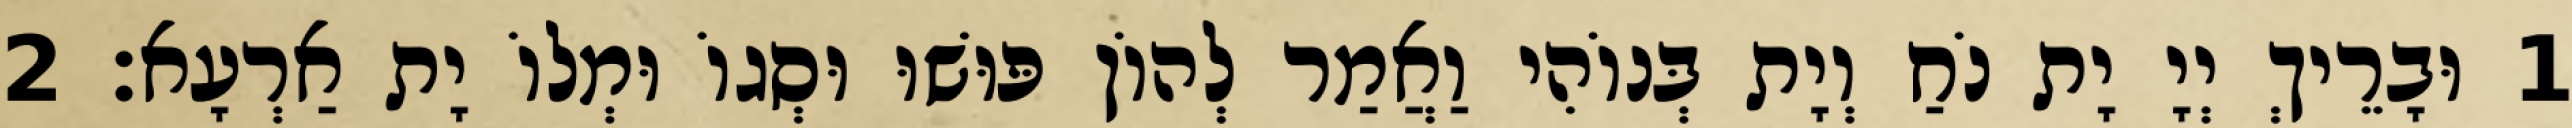
1 וּבָרֵיךְ יְיָ יָת נֹחַ וְיָת בְּנוֹהִי וַאֲמַר לְהוֹן פּוּשׁוּ וּסְגוֹ וּמְלוֹ יָת אַרְעָא׃ 2